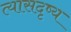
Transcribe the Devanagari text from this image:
त्यासदृष्य